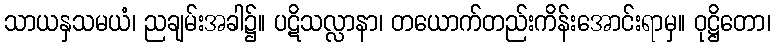
သာယနှသမယံ၊ ညချမ်းအခါ၌။ ပဋိသလ္လာနာ၊ တယောက်တည်းကိန်းအောင်းရာမှ။ ဝုဋ္ဌိတော၊